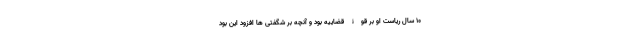
10 سال ریاست او بر قوۀ قضاییه بود و آنچه بر شگفتی ها افزود این بود